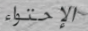
الإحتواء